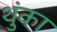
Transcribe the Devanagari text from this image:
थुंका